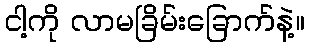
ငါ့ကို လာမခြိမ်းခြောက်နဲ့။